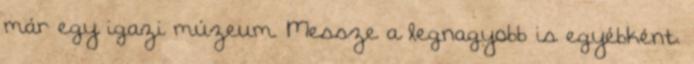
már egy igazi múzeum. Messze a legnagyobb is egyébként.